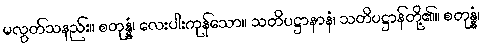
မလွတ်သနည်း။ စတုန္နံ၊ လေးပါးကုန်သော။ သတိပဋ္ဌာနာနံ၊ သတိပဋ္ဌာန်တို့၏။ စတုန္နံ၊